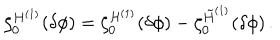
LaTeX: \zeta _ { 0 } ^ { H ^ { ( 1 ) } } ( \delta \phi ) = \zeta _ { 0 } ^ { { \cal H } ^ { ( 1 ) } } ( \delta \phi ) - \zeta _ { 0 } ^ { \tilde { H } ^ { ( 1 ) } } ( \delta \phi ) \, .